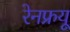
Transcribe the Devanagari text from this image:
रेनफ्रयू